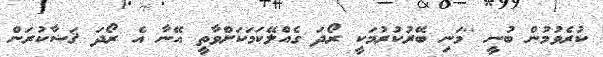
ކުރެވުމުން ބުނީ ''މަނި ބޭރުކުރުމަކީ ރޯދަ ގެއްލޭކަމަކަށްވާތީ އޭނާ އެ ރޯދަ ޤަޟާކުރަން